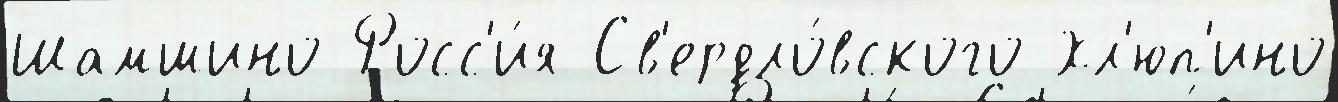
Шамшино Росс'и́я Св'ердло́вского Хл'юп'ино